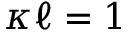
\kappa \ell = 1